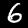
Label: 6